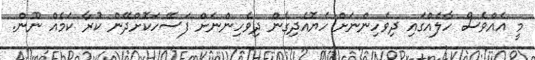
މީ އެއްވެސް ހާލެއްގައި ދިވެހިންނަށް ހެޔޮއެދިގެން ދިވެހިންނަށް ފަސޭހަކޮށްދޭން ކުރާ ކަމެއް ނޫން.